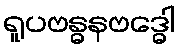
ရူပဗန္ဓနဗဒ္ဓေါ